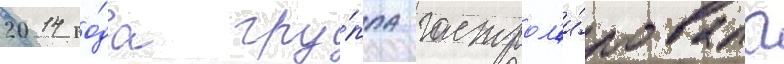
2014 го́да гру́ппа гастрол'и́ровала